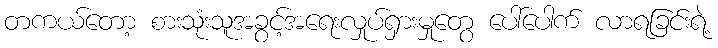
တကယ်တော့ စားသုံးသူအခွင့်အရေးလှုပ်ရှားမှုတွေ ပေါ်ပေါက် လာရခြင်းရဲ့